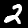
Label: 2